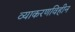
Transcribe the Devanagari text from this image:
व्याकरणविहीन